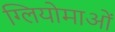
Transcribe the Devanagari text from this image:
ग्लियोमाओं